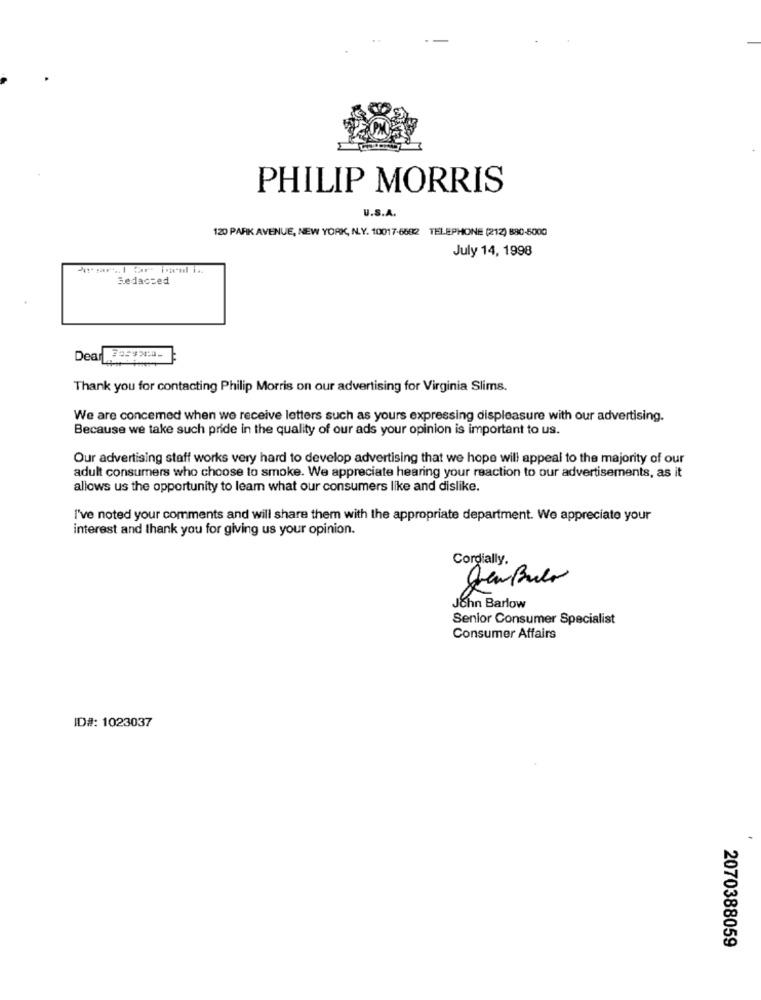
PHILIP MORRIS
U.S.A.
120 PARK AVENUE, NEW YORK, N.Y. 10017-6682 TELEPHONE (212) 890-5000
July 14, 1998
Sedacted
Dear#
Thank you for contacting Philip Morris on our advertising for Virginia Slims.
We are concemed when we receive letters such as yours expressing displeasure with our advertising.
Because we take such pride in the quality of our ads your opinion is important to us.
Our advertising staff works very hard to develop advertising that we hope will appeal to the majority of our
adult consumers who choose to smoke. We appreciate hearing your reaction to our advertisements, as it
allows us the opportunity to leam what our consumers like and dislike.
I've noted your comments and will share them with the appropriate department. We appreciate your
interest and thank you for giving us your opinion.
Cordially.
John Barlow
Senior Consumer Specialist
Consumer Affairs
ID#: 1023037
2070388059